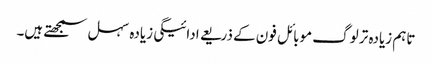
تاہم زیادہ تر لوگ موبائل فون کے ذریعے ادائیگی زیادہ سہل سمجھتے ہیں۔